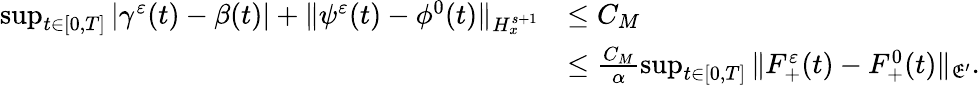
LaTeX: \begin{array}{rl}{\operatorname*{sup}_{t\in[0,T]}|\gamma^{\varepsilon}(t)-\beta(t)|+\| \psi^{\varepsilon}(t)-\phi^{0}(t)\| _{H_{x}^{s+1}}}&{\leq C_{M}}\\ &{\leq\frac{C_{M}}{\alpha}\operatorname*{sup}_{t\in[0,T]}\| F_{+}^{\varepsilon}(t)-F_{+}^{0}(t)\| _{\mathfrak E^{\prime}}.}\end{array}